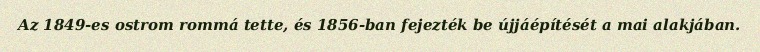
Az 1849-es ostrom rommá tette, és 1856-ban fejezték be újjáépítését a mai alakjában.